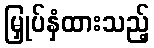
မြှုပ်နှံထားသည့်